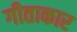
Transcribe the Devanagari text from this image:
गीताकार